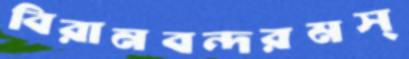
বিরানবন্দরমস্